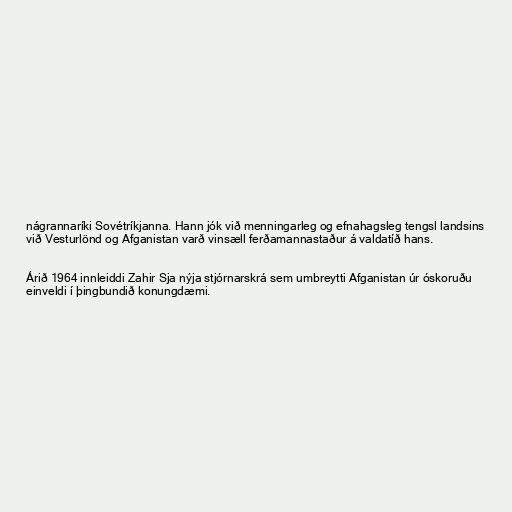
nágrannaríki Sovétríkjanna. Hann jók við menningarleg og efnahagsleg tengsl landsins
við Vesturlönd og Afganistan varð vinsæll ferðamannastaður á valdatíð hans.

Árið 1964 innleiddi Zahir Sja nýja stjórnarskrá sem umbreytti Afganistan úr óskoruðu
einveldi í þingbundið konungdæmi.